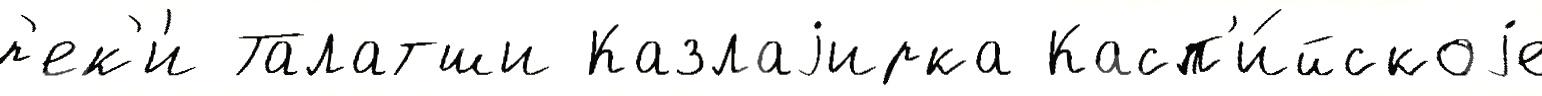
р'ек'и́ Талатши Казлаjирка Касп'и́йскоjе